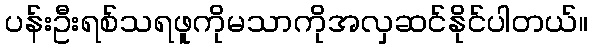
ပန်းဦးရစ်သရဖူကိုမသာကိုအလှဆင်နိုင်ပါတယ်။